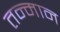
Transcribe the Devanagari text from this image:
तन्मान